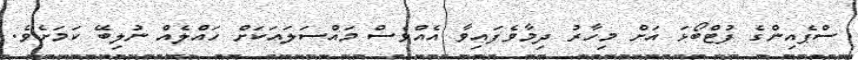
ސްޕެއިންގެ ފުޓްބޯޅަ އަށް މިހާރު ދިމާވެފައިވާ އެއްވެސް މައްސަލައަކަށް ހައްލެއް ނުލިބޭ ކަމަށެވެ.